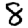
Digit: 8